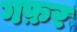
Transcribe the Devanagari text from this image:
गफ़र